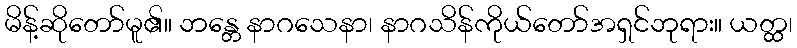
မိန့်ဆိုတော်မူ၏။ ဘန္တေ နာဂသေနာ၊ နာဂသိန်ကိုယ်တော်အရှင်ဘုရား။ ယတ္ထ၊